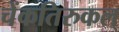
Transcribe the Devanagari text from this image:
चेंकतिरुकल्